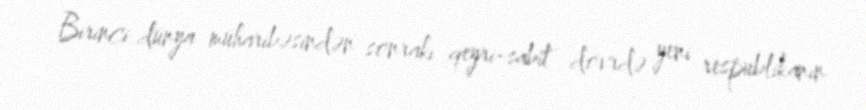
Birinci dünya müharibəsindən sonrakı qeyri-sabit dövrdə yeni respublikanın